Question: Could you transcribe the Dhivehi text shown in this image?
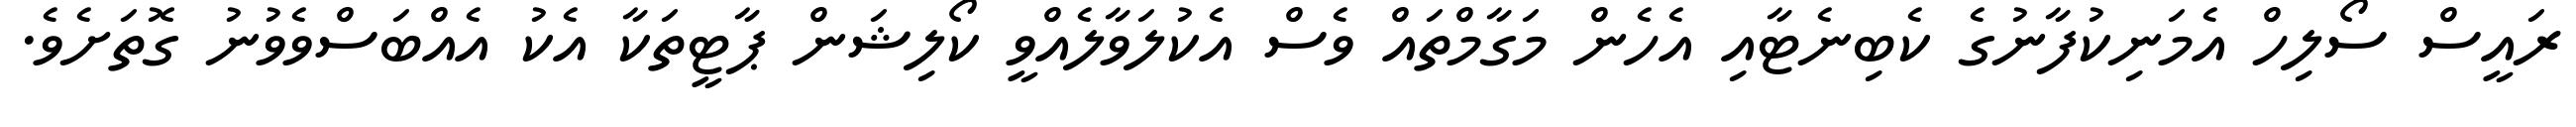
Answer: ރައީސް ސޯލިހް އެމަނިކުފާނުގެ ކެބިނެޓާއި އެހެން މަގާމްތައް ވެސް އެކުލަވާލެއްވީ ކޯލިޝަން ޕާޓީތަކާ އެކު އެއްބަސްވެވުނު ގޮތަށެވެ.